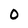
Character: 0